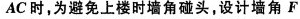
AC时，为避免上楼时墙角碰头，设计墙角 F